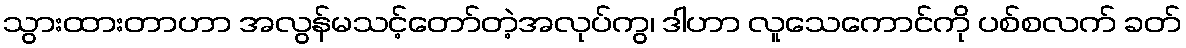
သွားထားတာဟာ အလွန်မသင့်တော်တဲ့အလုပ်ကွ၊ ဒါဟာ လူသေကောင်ကို ပစ်စလက် ခတ်